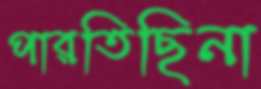
পারতিছিনা